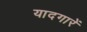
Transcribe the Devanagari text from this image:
यादगारें